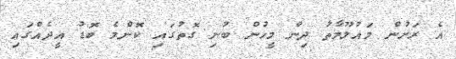
އެ ރަށުން މައުލޫމާތު ދިން މީހުން ބުނި ގޮތުގައި ކޮންމެ ބޮޑު އީދެއްގައި